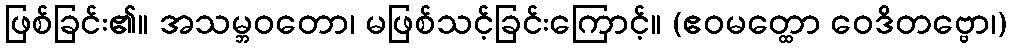
ဖြစ်ခြင်း၏။ အသမ္ဘဝတော၊ မဖြစ်သင့်ခြင်းကြောင့်။ (ဧဝမတ္ထော ဝေဒိတဗ္ဗော၊)